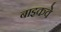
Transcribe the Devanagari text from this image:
बाइकवे